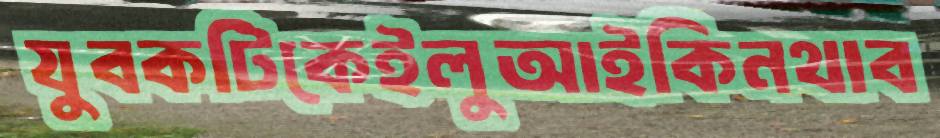
যুবকটিকেইলুআইকিনথাব